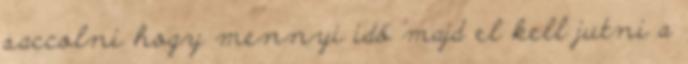
saccolni hogy mennyi idő majd el kell jutni a